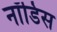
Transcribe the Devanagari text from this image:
नॉडिस